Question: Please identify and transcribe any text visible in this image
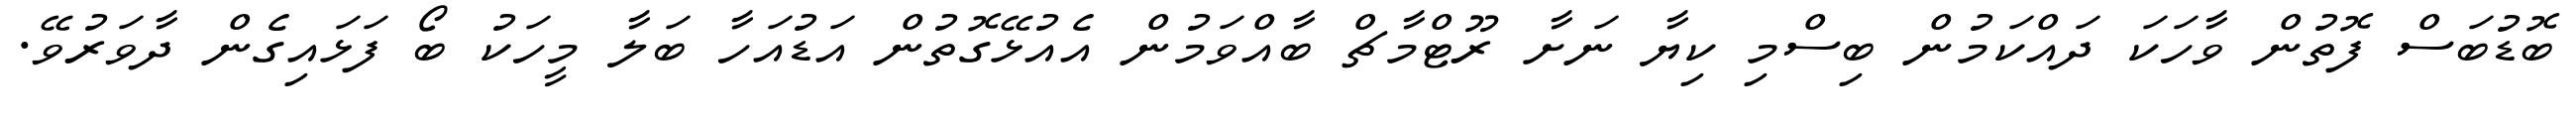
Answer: ބޮޑުބަސް ފޮތުން ވާހަކަ ދައްކަމުން ބިސްމި ކިޔާ ނަށާ ރޫޓްމާޗް ބާއްވަމުން އެއުޅޭގޮތުން އަޑުއަހާ ބަލާ މީހަކު ބޯ ފަޅައިގެން ދާވަރުވޭ.